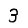
Digit: 3